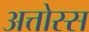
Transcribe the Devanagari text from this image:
अत्तोस्स